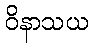
ဝိနာသယ